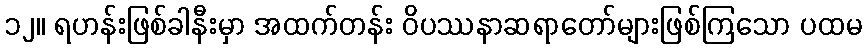
၁၂။ ရဟန်းဖြစ်ခါနီးမှာ အထက်တန်း ဝိပဿနာဆရာတော်များဖြစ်ကြသော ပထမ